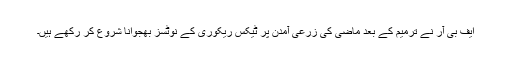
ایف بی آر نے ترمیم کے بعد ماضی کی زرعی آمدن پر ٹیکس ریکوری کے نوٹسز بھجوانا شروع کر رکھے ہیں۔